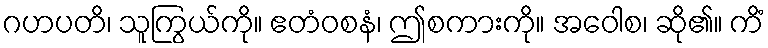
ဂဟပတိ၊ သူကြွယ်ကို။ ဧတံဝစနံ၊ ဤစကားကို။ အဝေါစ၊ ဆို၏။ ကိံ